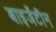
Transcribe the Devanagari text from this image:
बाइजेंटीन